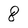
Character: 8